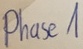
Text: Phase1